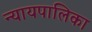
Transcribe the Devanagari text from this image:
न्‍यायपालिका